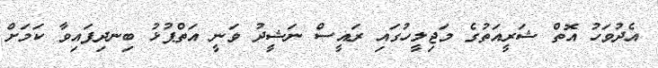
އެދުވަހު އޮތް ޝަރީއަތުގެ މަޖިލީހުގައި ރައީސް ނަޝީދު ވަނީ އަތްޕުޅު ބިނދިފައިވާ ކަމަށް